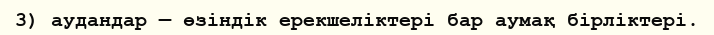
3) аудандар — өзіндік ерекшеліктері бар аумақ бірліктері.